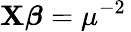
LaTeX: \mathbf{X}{\boldsymbol{\beta}}=\mu^{-2}\,